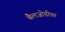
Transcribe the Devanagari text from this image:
बैलजोडीवर